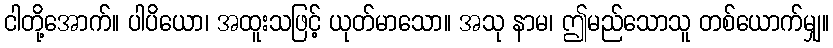
ငါတို့အောက်။ ပါပိယော၊ အထူးသဖြင့် ယုတ်မာသော။ အသု နာမ၊ ဤမည်သောသူ တစ်ယောက်မျှ။